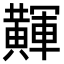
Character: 𪏕